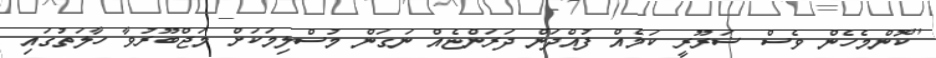
''ކޮންމެހެން ވެސް ޟަރޫރީ ކަމެއް ފުއްދަން ދަރަންޏެއް ނަގަން މުސްލިމަކަށް މަޖްބޫރުވާ ހާލަތުގައި